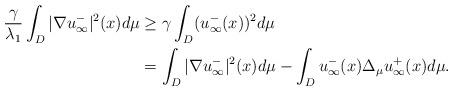
LaTeX: \begin{align*}\frac{\gamma}{\lambda_1 } \int_{D} |\nabla u^-_\infty|^2(x) d\mu &\geq \gamma \int_{D} (u^-_\infty(x))^2 d\mu\\& = \int_{D} |\nabla u^-_\infty|^2(x) d\mu - \int_{D} u^-_\infty(x) \Delta_\mu u^+_\infty(x) d\mu.\end{align*}